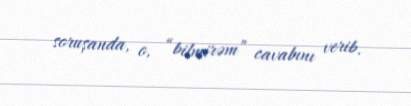
soruşanda, o, “bilmirəm” cavabını verib.